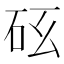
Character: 𥐺